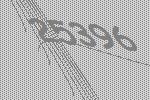
25396